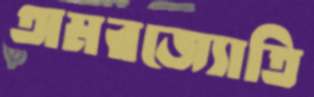
অমরজ্যোতি